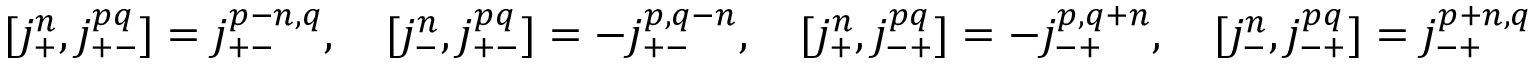
[ j _ { + } ^ { n } , j _ { + - } ^ { p q } ] = j _ { + - } ^ { p - n , q } , \quad [ j _ { - } ^ { n } , j _ { + - } ^ { p q } ] = - j _ { + - } ^ { p , q - n } , \quad [ j _ { + } ^ { n } , j _ { - + } ^ { p q } ] = - j _ { - + } ^ { p , q + n } , \quad [ j _ { - } ^ { n } , j _ { - + } ^ { p q } ] = j _ { - + } ^ { p + n , q }